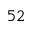
^ { 5 2 }